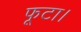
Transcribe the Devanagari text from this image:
फूटा।